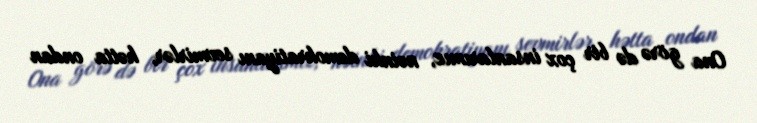
Ona görə də bir çox insanlarımız, nəinki demokratiyanı sevmirlər, hətta ondan